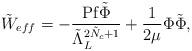
LaTeX: \begin{align*} \tilde{W}_{eff} =-\frac{{\rm Pf} \tilde{\Phi}}{\tilde{\Lambda}_L^{2\tilde{N}_c+1}} +\frac{1}{2\mu}\Phi \tilde{\Phi},\end{align*}